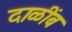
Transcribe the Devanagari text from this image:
दाळींब